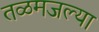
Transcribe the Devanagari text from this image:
तळमजल्या